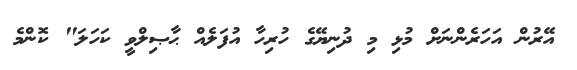
އޭރުން އަހަރެންނަށް މުޅި މި ދުނިޔޭގެ ހުރިހާ އުފަލެއް ޙާޞިލްވީ ކަހަލަ" ކޮންމެ